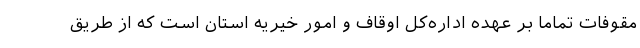
مقوفات تماما بر عهده اداره‌کل اوقاف و امور خیریه استان است که از طریق